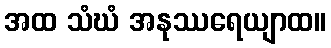
အထ သံဃံ အနုဿရေယျာထ။